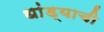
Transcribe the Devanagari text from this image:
धांड्याची